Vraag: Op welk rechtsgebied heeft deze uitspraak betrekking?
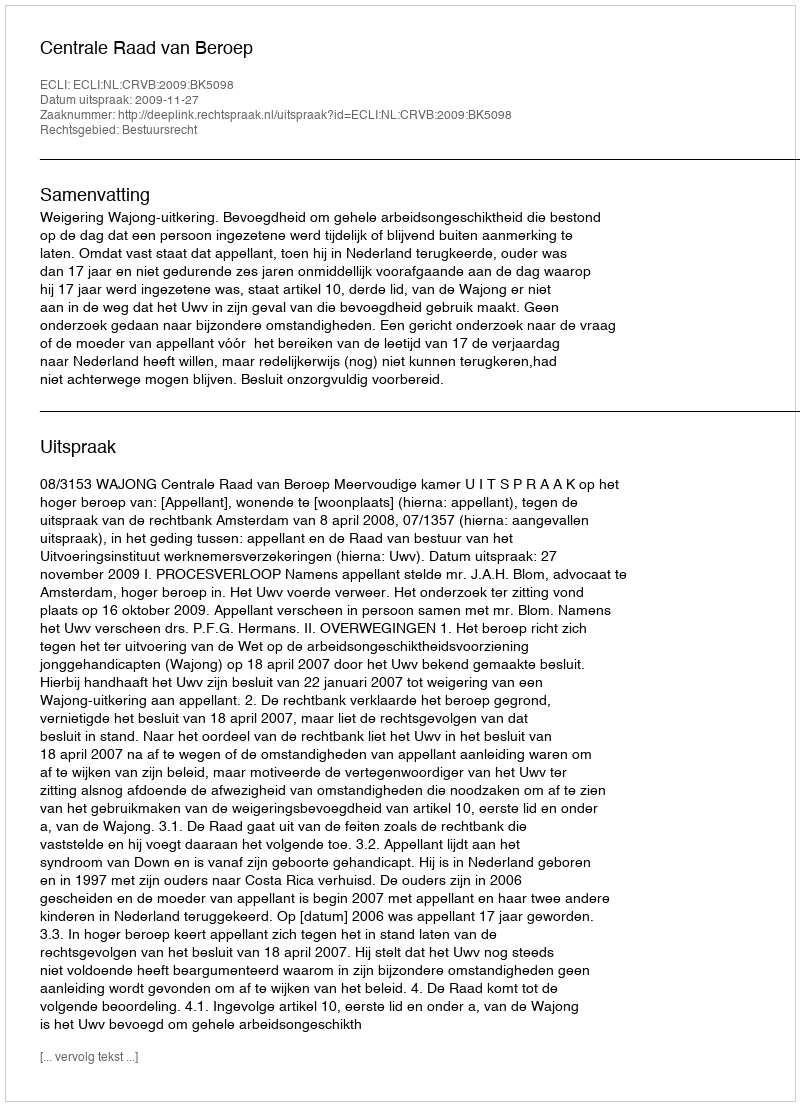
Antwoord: Bestuursrecht